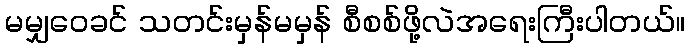
မမျှဝေခင် သတင်းမှန်မမှန် စီစစ်ဖို့လဲအရေးကြီးပါတယ်။